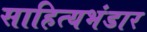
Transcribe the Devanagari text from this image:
साहित्यभंडार